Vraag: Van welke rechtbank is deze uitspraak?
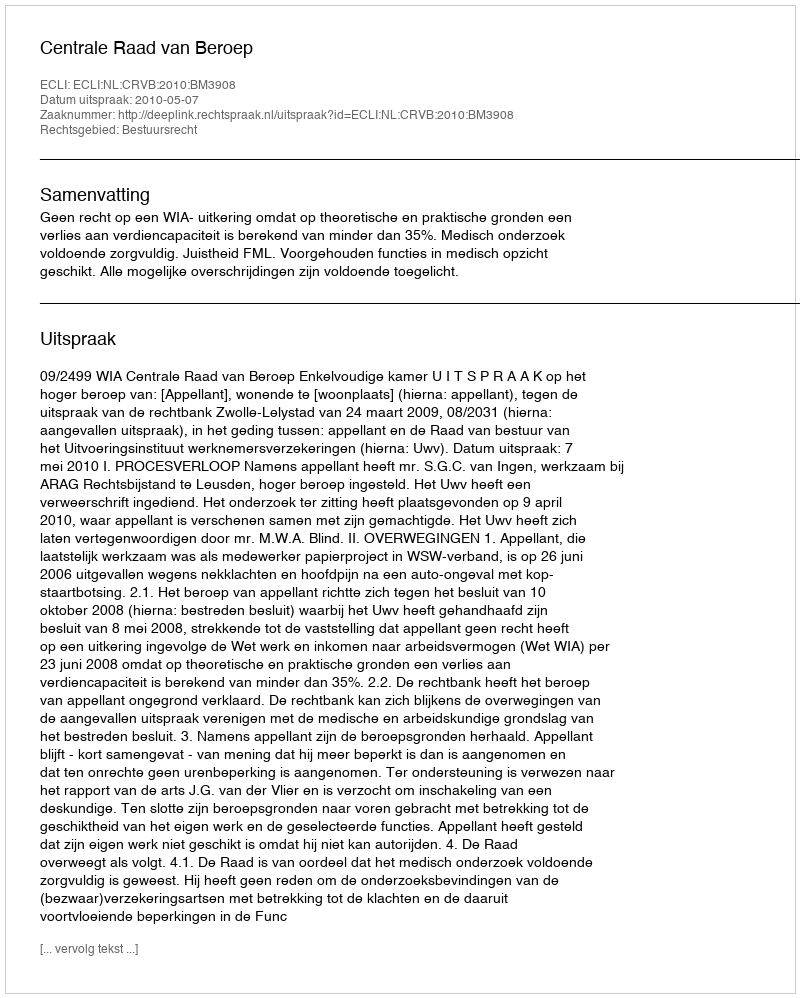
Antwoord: Centrale Raad van Beroep